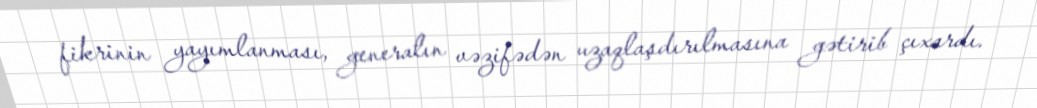
fikrinin yayımlanması, generalın vəzifədən uzaqlaşdırılmasına gətirib çıxardı.